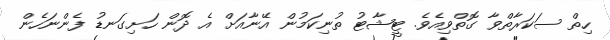
ހިތް ސަކަރާތްވާ ގޮތްވިއެވެ. ޓީޝާޓު ތުނިކަމުން އޭނާއަށް އެ ދޮން ހަށިގަނޑު ފެންނަހެން